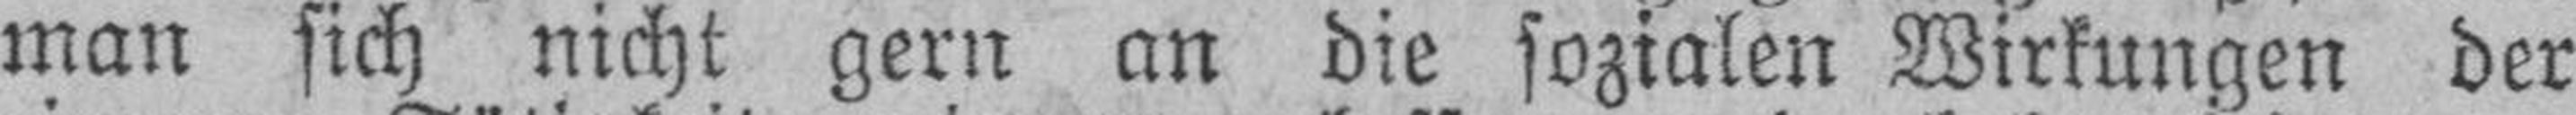
man sich nicht gern an die sozialen Wirkungen der